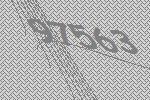
97563